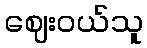
ဈေးဝယ်သူ